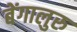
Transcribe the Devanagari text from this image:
बेंगालुरु